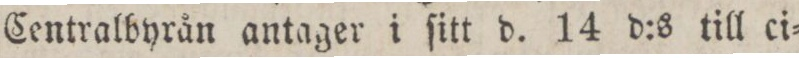
Centralbyrån antager i ſitt d. 14 d:s till ei=